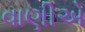
વાણીએ